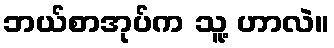
ဘယ်စာအုပ်က သူ့ ဟာလဲ။